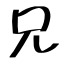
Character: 兄